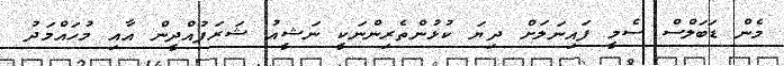
މެން ޑަބަލްސް ސެމީ ފައިނަލަށް ދިޔަ ކުޅުންތެރިންނަކީ ނަޝީއު ޝަރަފުއްދީން އާއި މުހައްމަދު